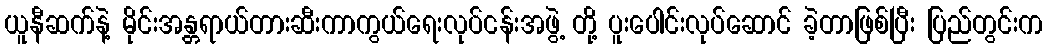
ယူနီဆက်နဲ့ မိုင်းအန္တရာယ်တားဆီးကာကွယ်ရေးလုပ်ငန်းအဖွဲ့ တို့ ပူးပေါင်းလုပ်ဆောင် ခဲ့တာဖြစ်ပြီး ပြည်တွင်းက